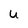
Character: U